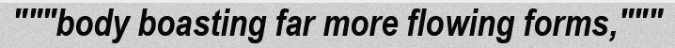
"""body boasting far more flowing forms,"""